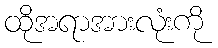
ထိုအရာအားလုံးကို